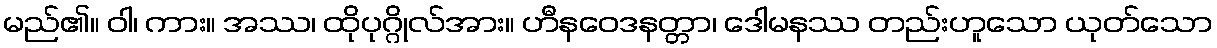
မည်၏။ ဝါ၊ ကား။ အဿ၊ ထိုပုဂ္ဂိုလ်အား။ ဟီနဝေဒနတ္တာ၊ ဒေါမနဿ တည်းဟူသော ယုတ်သော